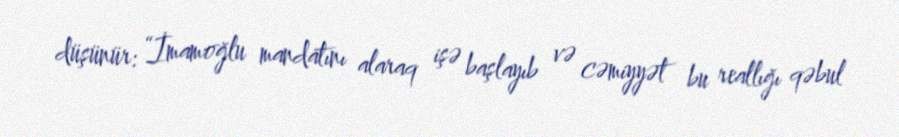
düşünür: “İmamoğlu mandatını alaraq işə başlayıb və cəmiyyət bu reallığı qəbul